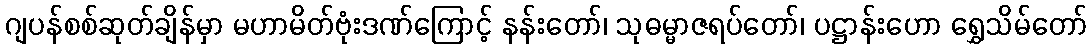
ဂျပန်စစ်ဆုတ်ချိန်မှာ မဟာမိတ်ဗုံးဒဏ်ကြောင့် နန်းတော်၊ သုဓမ္မာဇရပ်တော်၊ ပဋ္ဌာန်းဟော ရွှေသိမ်တော်